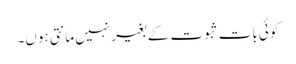
کوئی بات ثبوت کے بغیر نہیں مانتی ہوں۔